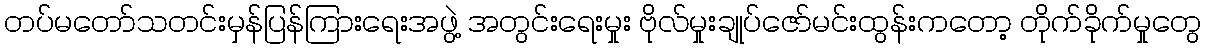
တပ်မတော်သတင်းမှန်ပြန်ကြားရေးအဖွဲ့ အတွင်းရေးမှုး ဗိုလ်မှုးချုပ်ဇော်မင်းထွန်းကတော့ တိုက်ခိုက်မှုတွေ